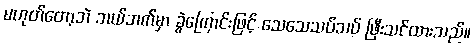
မဟုတ်တော့ဘဲ ဘယ်ဘက်မှာ ခွဲကြောင်းဖြင့် သေသေသပ်သပ် ဖြီးသင်ထားသည်။